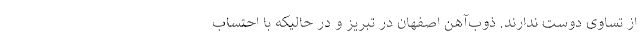
از تساوی دوست ندارند. ذوب‌آهن اصفهان در تبریز و در حالیکه با احتساب